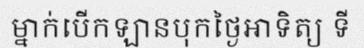
ម្នាក់បើកឡានបុកថ្ងៃអាទិត្យ ទី